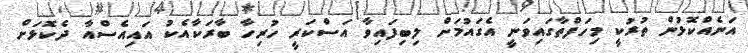
އަނެއްކޮޅުން ތުރުކީ މިހަފްތާގައިވަނީ އެގައުމަށް ލިބިފައިވާ އަސްކަރީ ހުރިހާ ބާރަކާއެކު އައިއެސްއާ ދެކޮޅަށް